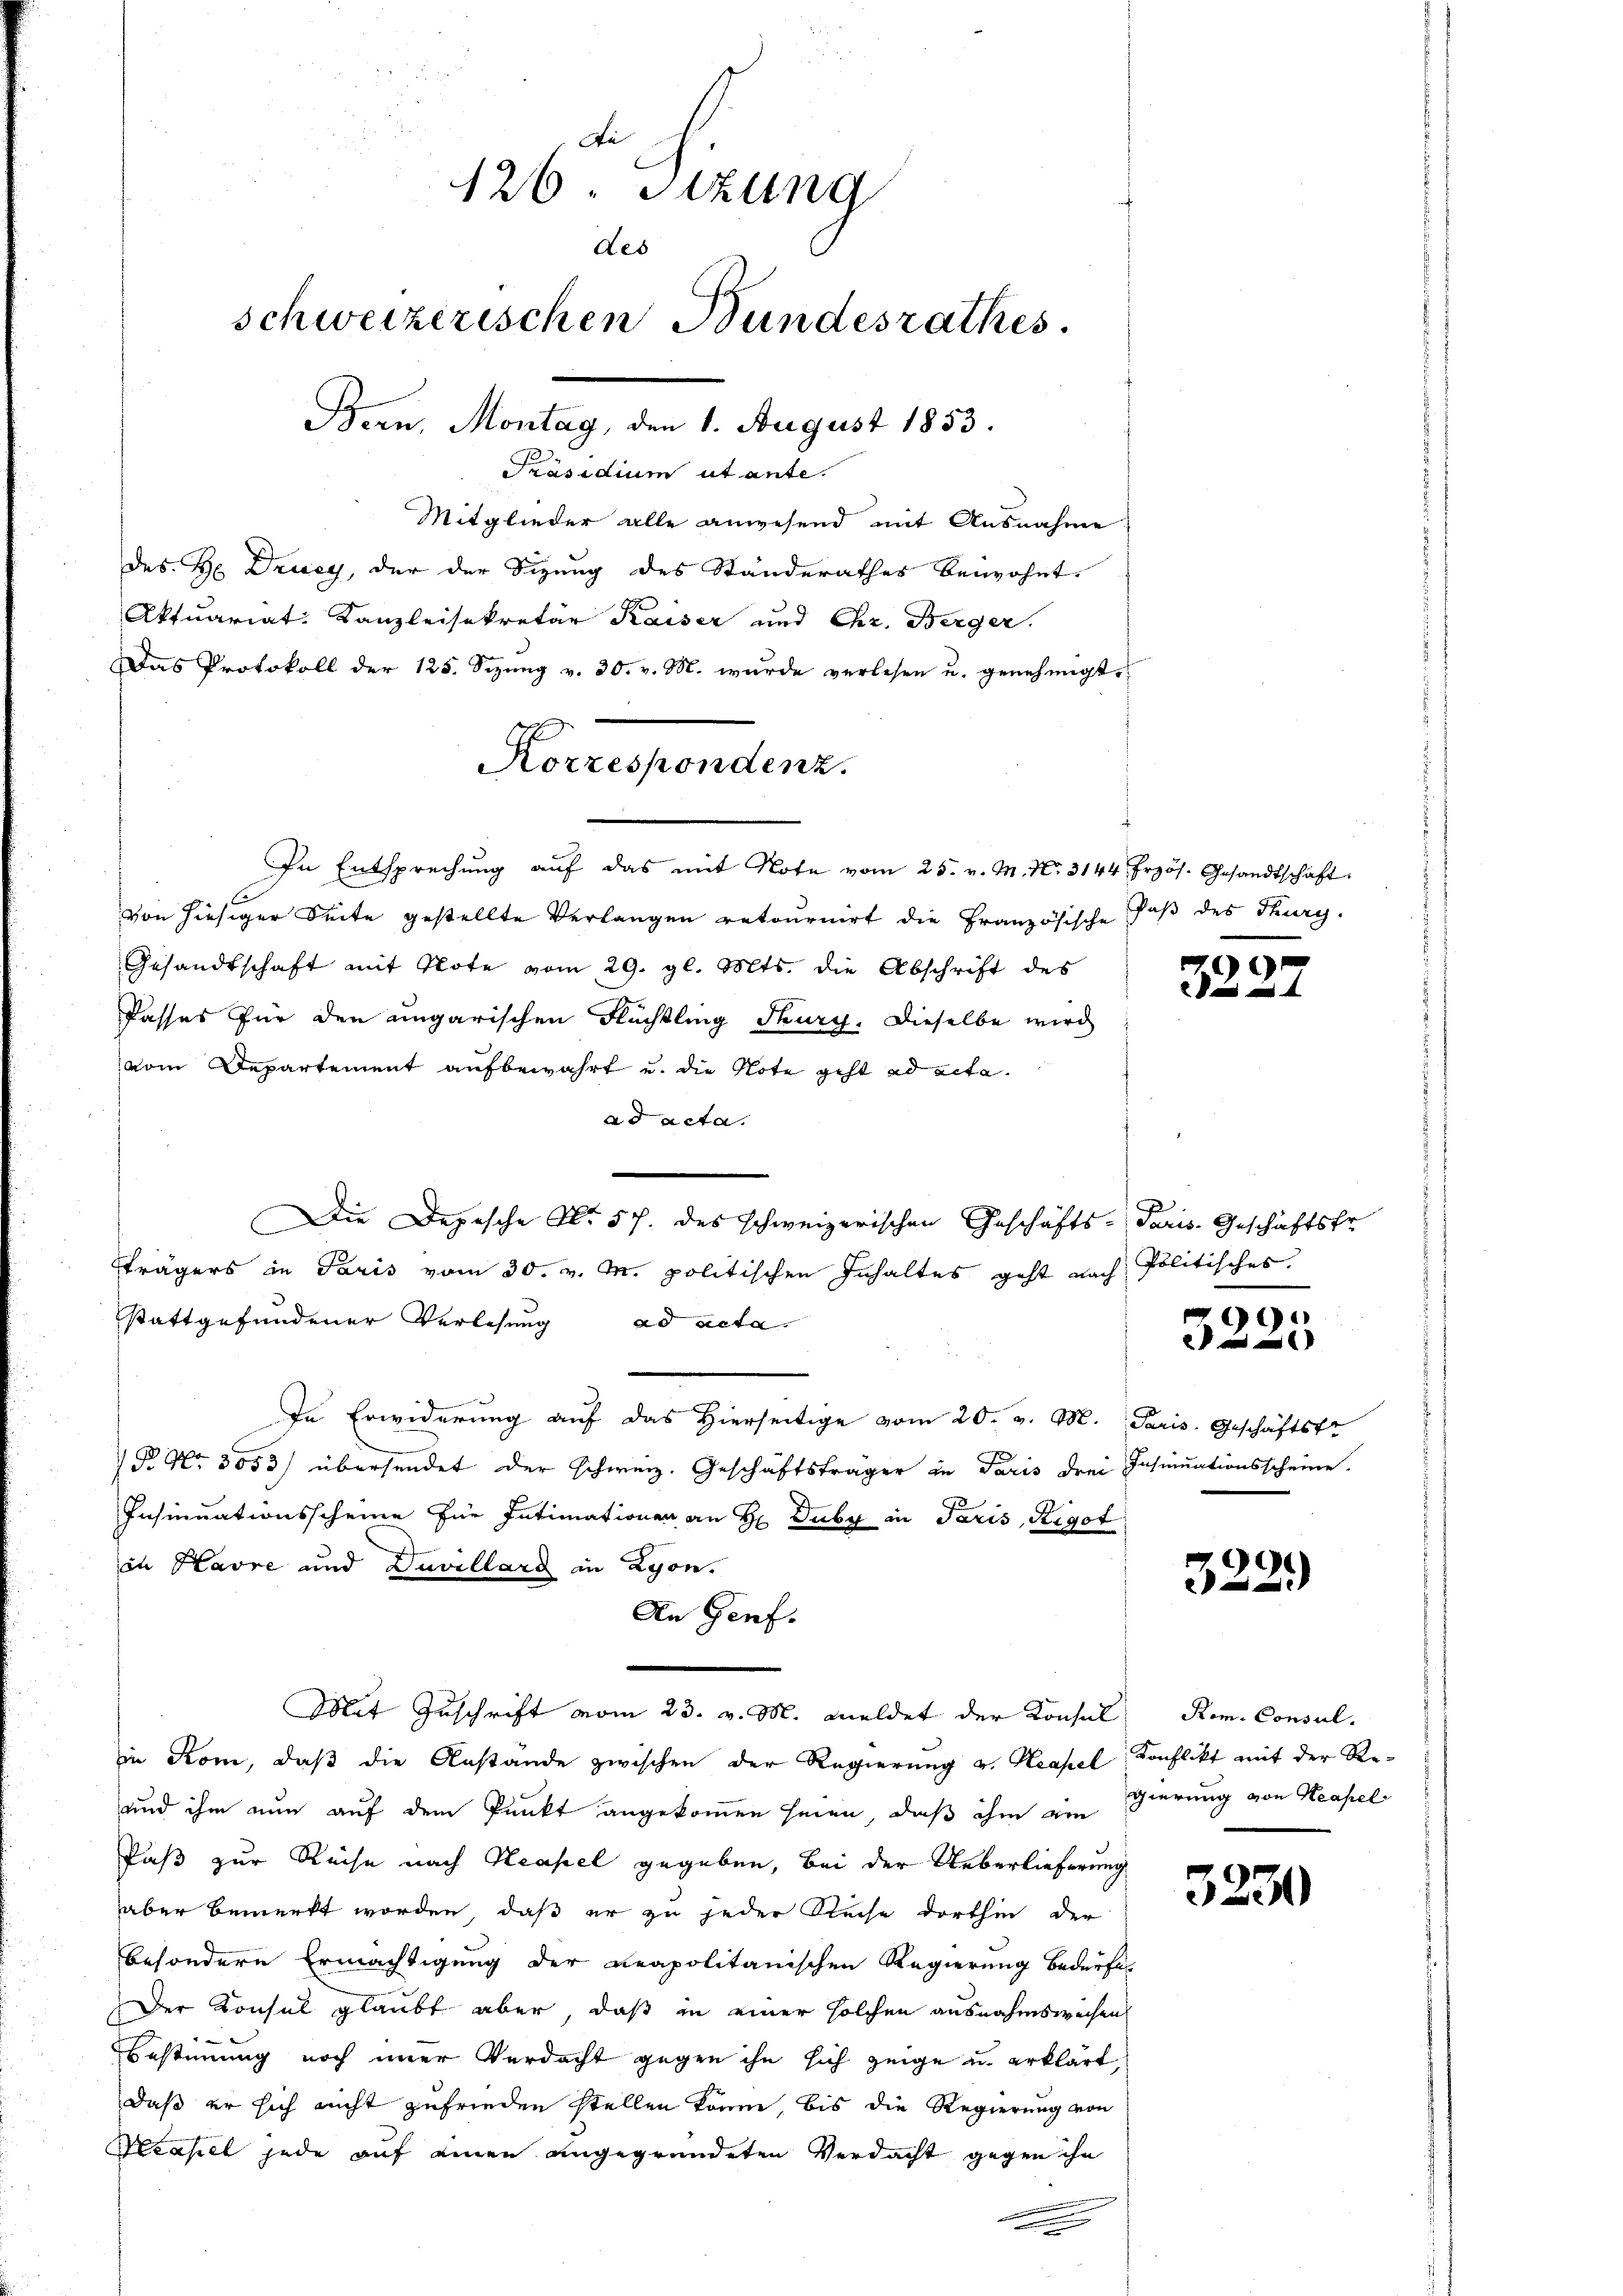
126. Sitzung
des
schweizerischen Bundesrathes.
Bern, Montag, den 1. August 1853.
Präsidium utante.
Mitglieder alle anwesend mit Ausnahme
des H. Drucy, der der Sizung des Standerathes beiwohnt.
Aktuariat. Kanzleisekretär Kaiser und Chr. Berger.

Das Protokoll der 125. Sezŭng v. 30. v. M. wurde verlesen u. genehmigt.
von hiesiger Seite gestellte Verlangen retournirt die Französische
Gesandtschaft mit Note vom 29. gl. Mts. die Abschrift des
Passes für den ungarischen Flüchtling durch. Dieselbe wird
vom Departement aufbewahrt u. die Note geht ad acta
ad acta.
Die Depesche No 57. des schweizerischen Geschäfts-Paris. Geschäftsfr
trägers in Paris vom 30. v. M. politischen Inhaltes geht nach Politisches
stattgefundener Verlesung ad acta
In Erwiderung auf das Hierseitige vom 20. v. M. Paris. Geschäftstr
1 P. Nr. 3053) übersendet der schweiz. Geschäftsträger in Paris drei Insinuationsscheine.
Insinuationsscheine für Intimationen an Hr. Duby in Paris, Rigot
in Havre und Davellard in Lyon.
An Genf.
Mit Zuschrift vom 23. v. M. meldet der Konsul Rom. Consul
in Rom, daß die Anstande zwischen der Regierung v. Neapel Konflikt mit der Re¬
und ihm nun auf dem Punkt angekommen seien, daß ihm ein gierung von Neapel
Paß zur Reise nach Neapel gegeben, bei der Ueberlieferung
aber bemerkt worden, daß er zu jeder Reise dorthin der
besondere Ermächtigung der Reapolitanischen Regierung bedürfe,
Der Konsul glaubt aber, daß in einer solchen ausnahmsweisen
Bestimmung noch immer Verdacht gegen ihn sich zeige un erklärt
daß er sich nicht zufrieden stellen könne, bis die Regierung von
Neapel jede auf einen angegründeten Verdacht gegen ihn
.
.

Korrespondenz.
In Entsprechŭng aŭf das mit Note vom 25. v. M. No. 3144 frzös. Gesandtschaft

Paß des Thurg.

00
2

99.
2

99
e

3230